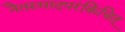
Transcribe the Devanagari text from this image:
नैतस्मादपरंकिंचित्